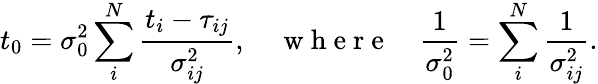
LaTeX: t_{0}=\sigma_{0}^{2}\sum_{i}^{N}\frac{t_{i}-\tau_{ij}}{\sigma_{ij}^{2}},\quad\mathrm{~w~h~e~r~e~}\quad\frac{1}{\sigma_{0}^{2}}=\sum_{i}^{N}\frac{1}{\sigma_{ij}^{2}}.